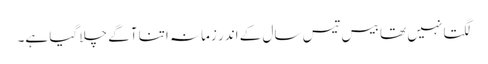
لگتا نہیں تھا بیس تیس سال کے اندر زمانہ اتنا آگے چلا گیا ہے۔